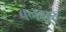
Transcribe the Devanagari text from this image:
बनगर्